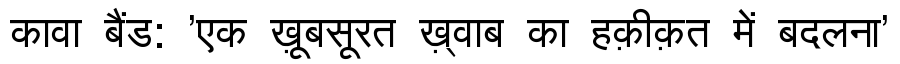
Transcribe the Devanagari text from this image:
कावा बैंड: 'एक ख़ूबसूरत ख़्वाब का हक़ीक़त में बदलना'